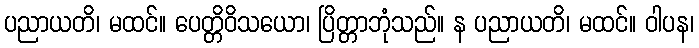
ပညာယတိ၊ မထင်။ ပေတ္တိဝိသယော၊ ပြိတ္တာဘုံသည်။ န ပညာယတိ၊ မထင်။ ဝါပန၊